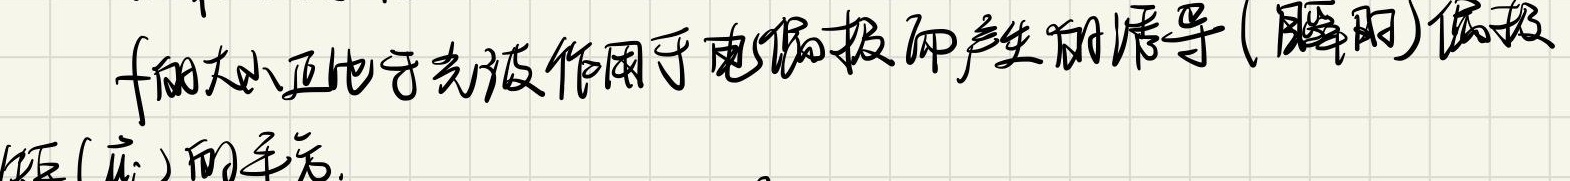
\(f\)的大小正比于光波作用于电偶极而产生的诱导（瞬时）偶极矩（应）的平方。